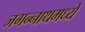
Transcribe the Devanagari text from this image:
जगन्‍नाथमध्ये